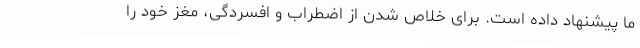
ما پیشنهاد داده است. برای خلاص شدن از اضطراب و افسردگی، مغز خود را